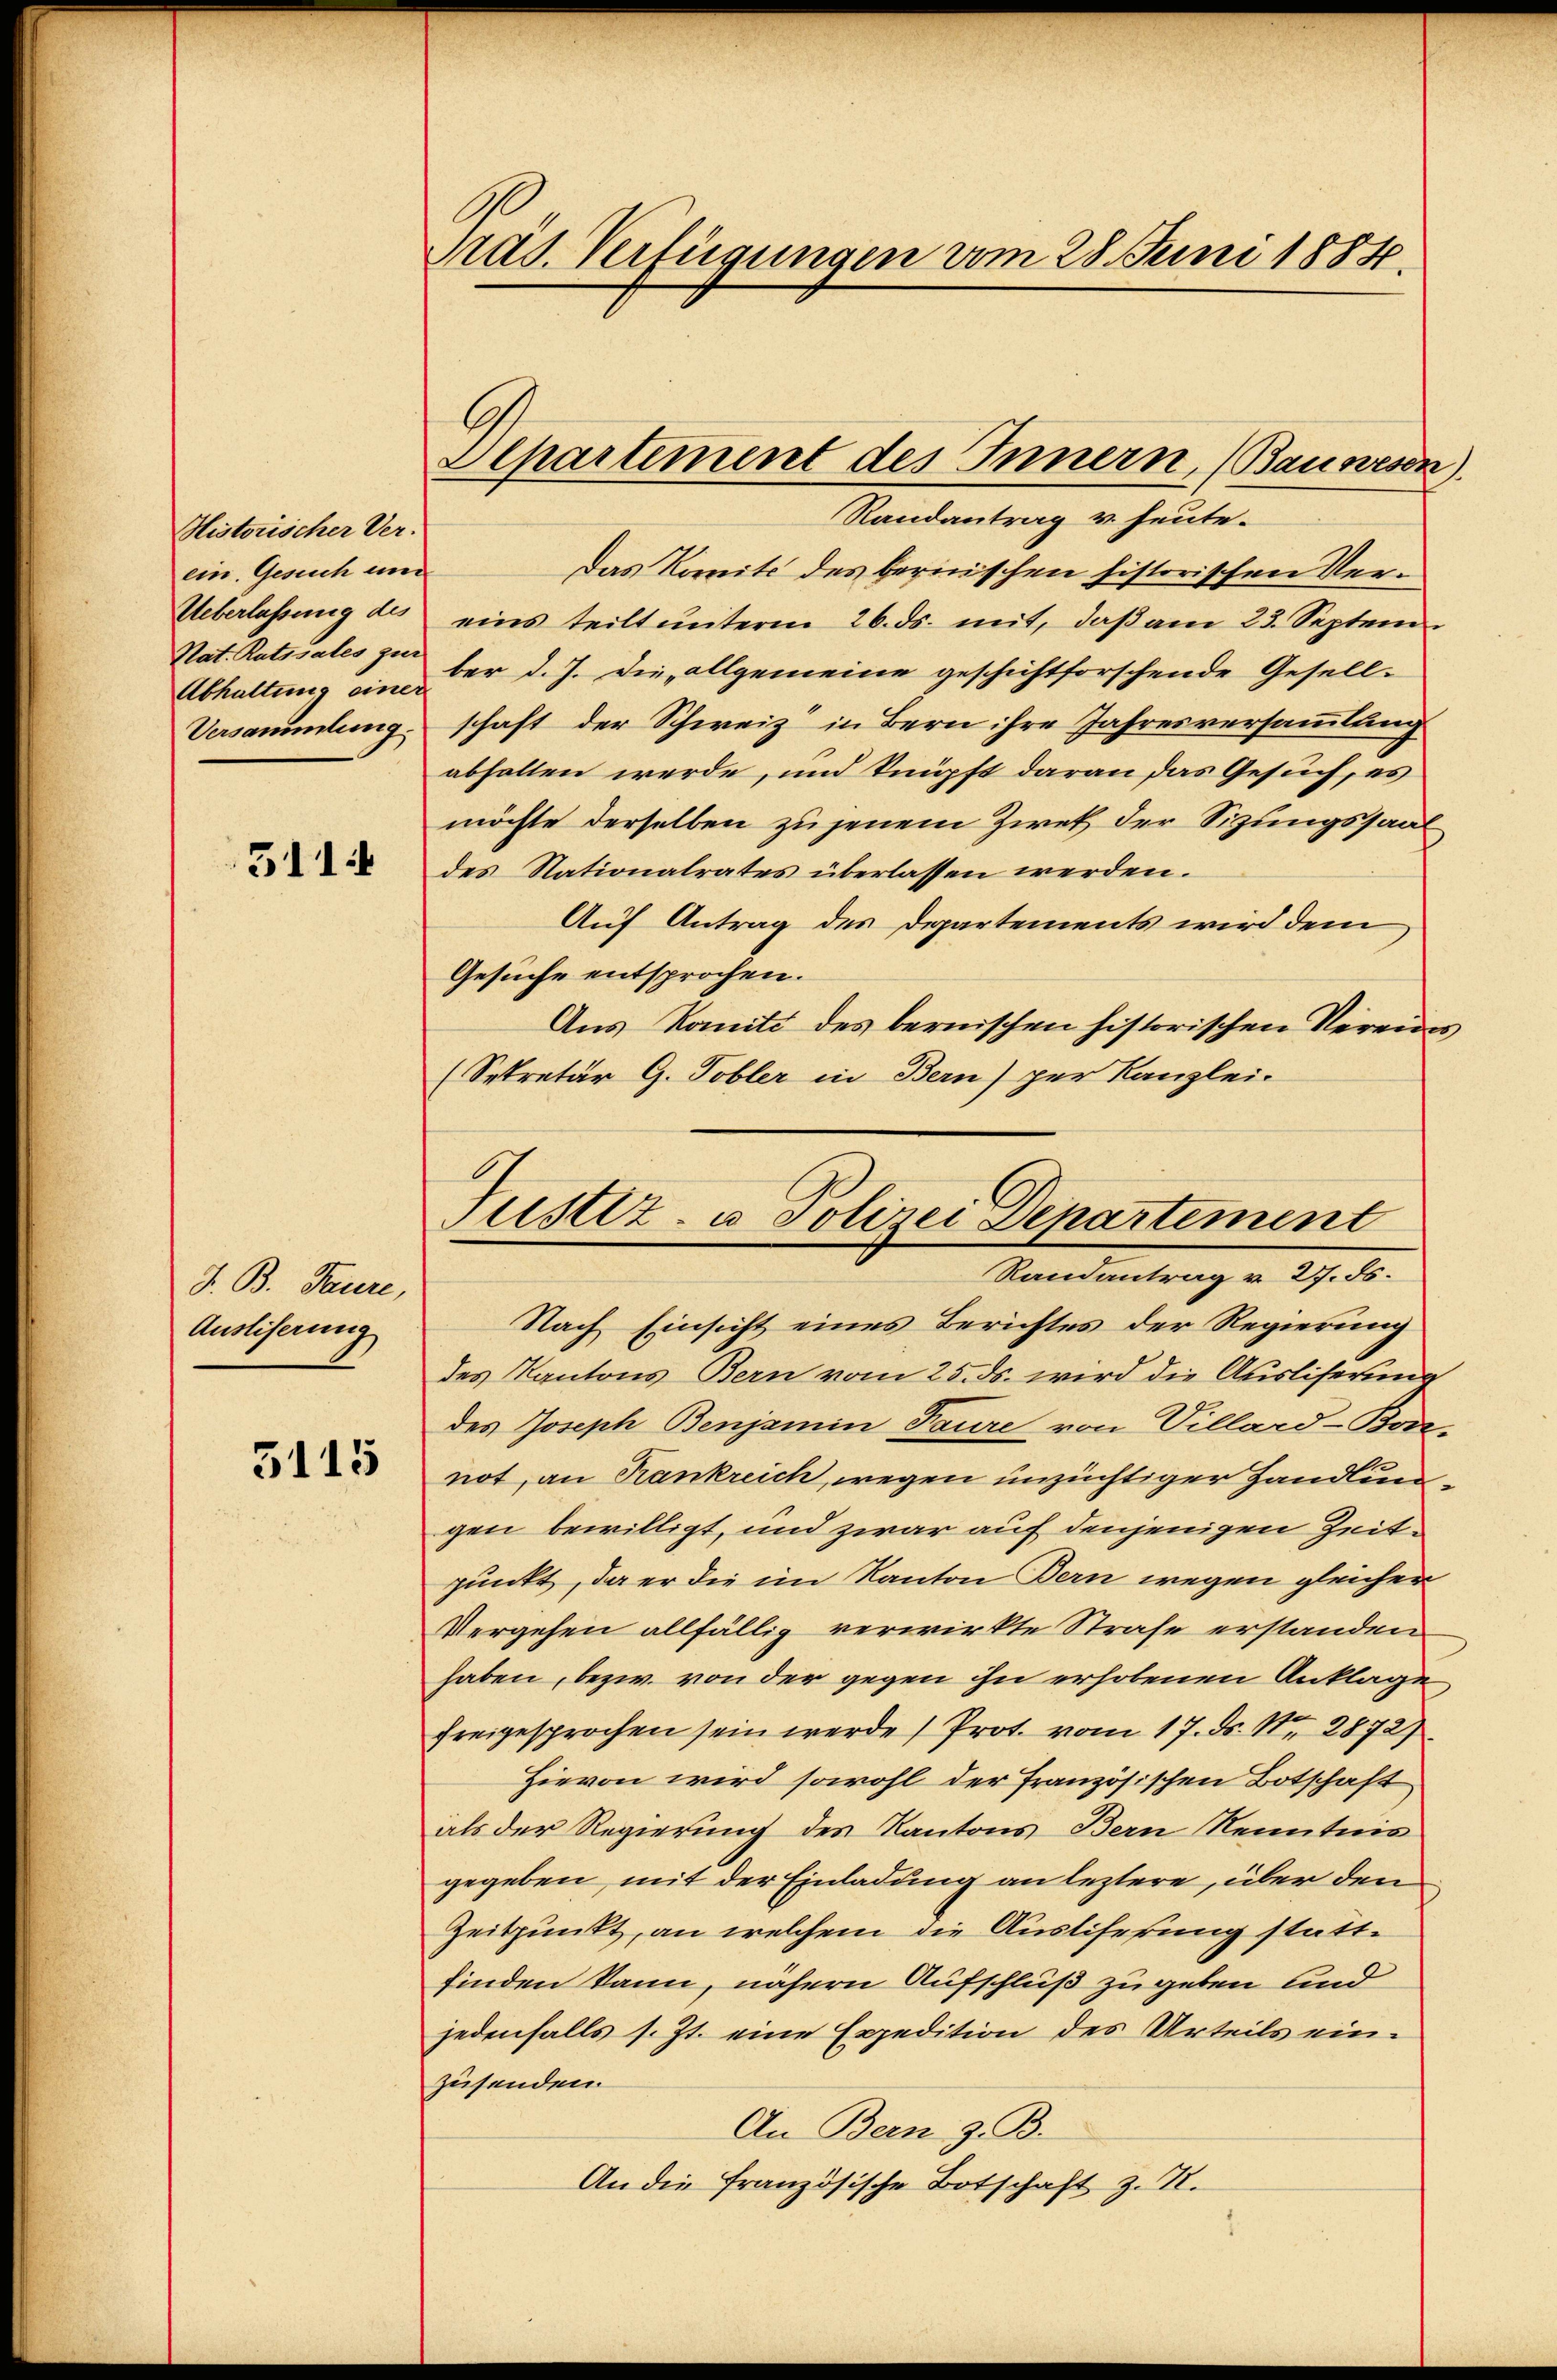
Historischer Ver-
ein. Gesuch und
Ueberlassung des
Nat. Ratzyales zur
Versammlung.

5114

J. B. Paure,
Ausliserung

3115

Präs. Verfügungen vom 28. Juni 1884.

Randantrag v. heute.
Das Komit des bernischen historischen Vereins teilt unterm 26. ds. mit, daβ am 23. Septem¬
Abhaltung einer d. J. die allgemeine geschichtforschende Gesellschaft der Schweiz in Bern ihre Jahresversammlung
abhalten werde, und knüpft daran das Gesuch, es
möchte derselben zu jenem Zwek der Sizungssaal
des Nationalrates überlassen werden.
Auf Antrag des Departements wird dem
Gesuche entsprochen.
Aus Komité des bernischen historischen Vereins
(Sekretär G. Tobler in Bern) per Kanzlei-
Justiz- u Polizei Departement

Apartement des Innern, (Bauwesen).

Randantrag v. 27. ds.

Nach Einsicht eines Berichtes der Regierung
des Kantons Bern vom 25. ds. wird die Ausliserung
des Joseph Benjamin Feure von Villard-Bon-
not, an Krankreich, wegen unzüchtiger Handlungen bewilligt, und zwar auf denjenigen Zeitpunkt, da er die im Kanton Bern wegen gleichen
Vergehen allfällig verwirkte Strafe erstanden
haben, bezw. von der gegen ihn erhobenen Anklage
freigesprochen sein werde) Prot. vom 17. ds. Nr. 2872)
Hievon wird sowohl der Französischen Botschaft
als der Regierung des Kantons Bern Kenntnis
gegeben, mit der Einladung an leztere, über den
Zeitpunkt, an welchem die Austiferung stattfinden kann, nähern Aufschluß zugeben und
jedenfalls s. Zt. eine Expedition des Urteils ein-
zusenden.
An Bern z. B.
An die französische Botschaft z. B.